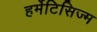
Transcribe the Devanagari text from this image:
हर्मेटिसिज्म